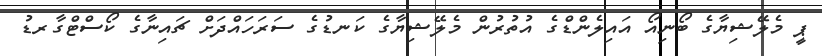
ޕީ މެލޭޝިޔާގެ ބޯނިއޯ އައިލެންޑްގެ އުތުރުން މެލޭޝިޔާގެ ކަނޑުގެ ސަރަހައްދަށް ޗައިނާގެ ކޯސްޓްގާރޑު